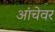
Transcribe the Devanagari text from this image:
आंचेवर